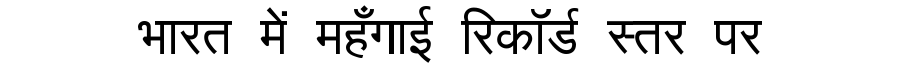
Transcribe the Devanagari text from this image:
भारत में महँगाई रिकॉर्ड स्तर पर